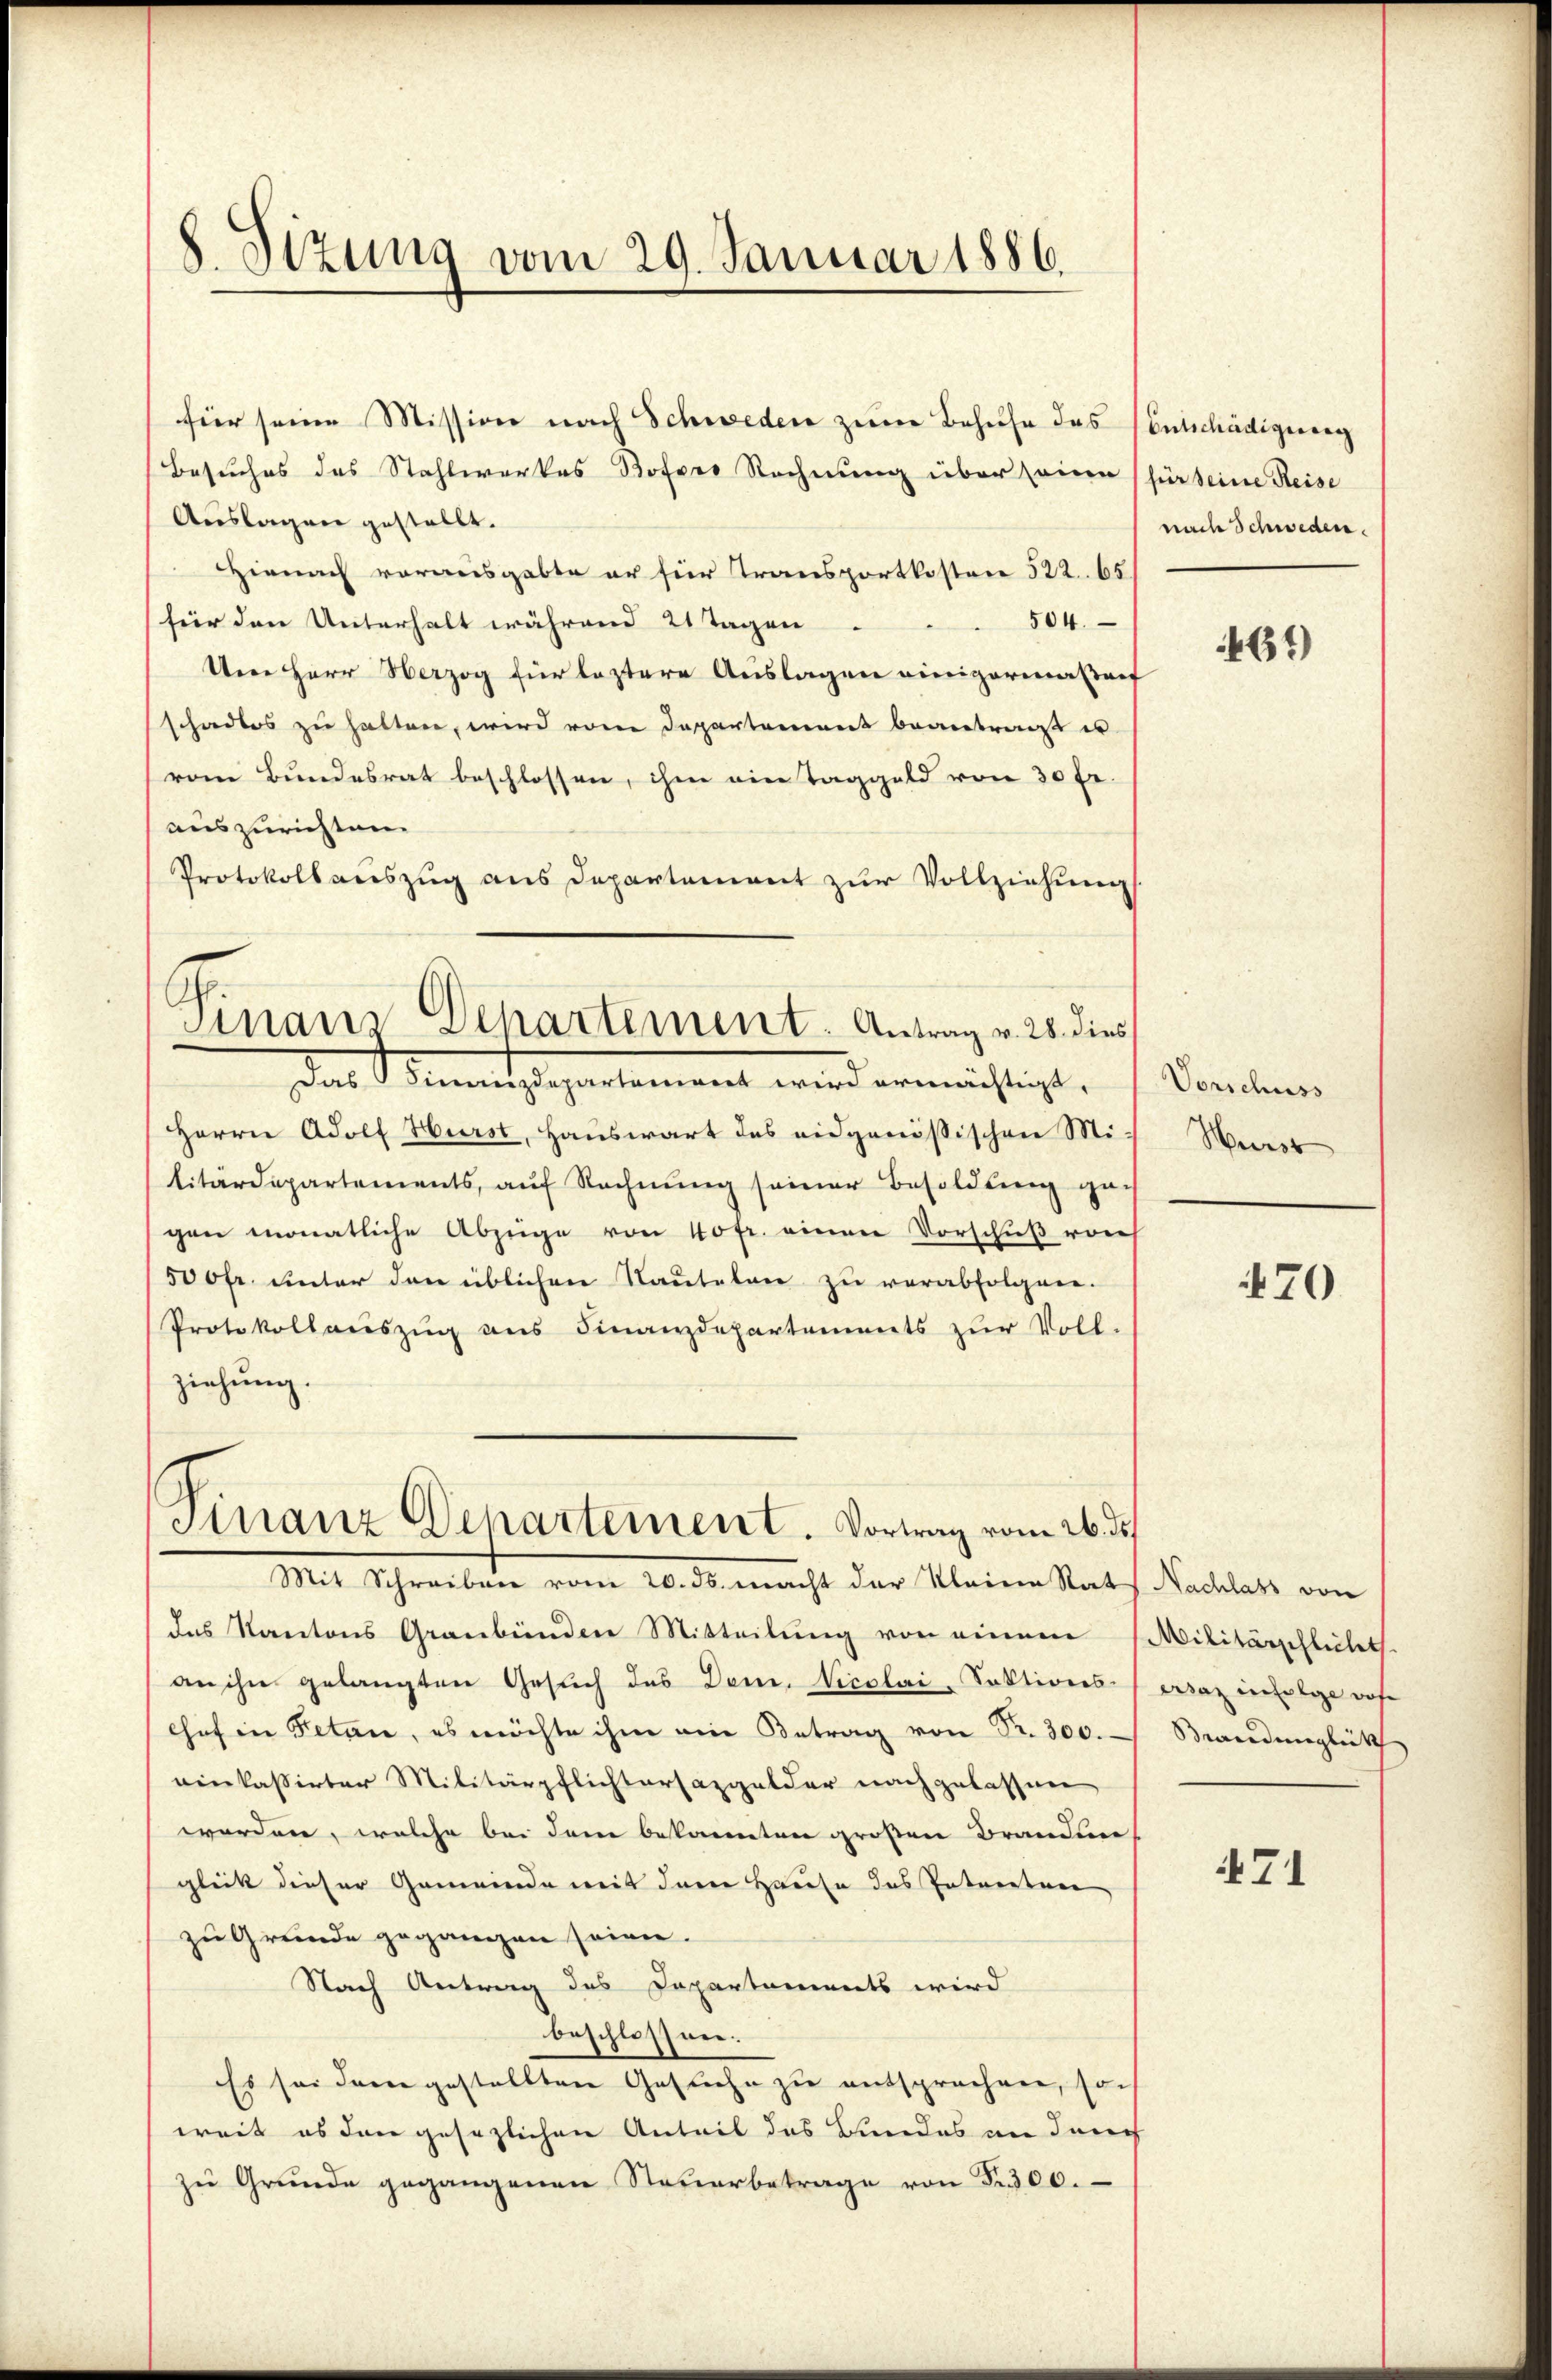
8. Sizung vom 29. Januar 1886.

für seine Mission nach Schweden zum Behufe des Centschädigung
Besuches des Stahlwerkes Bofers Rechnung über seine (für seine Reise
Auslagen gestellt.
Hienach vorausgabte er für Transportkosten 522. 65.
für den Unterhalt während 21 Tagen 504.
Um Herr Herzog für leztere Auslagen einigermaßenf
schadlos zu halten, wird von Departement beantragt es
vom Bundesrat beschlossen, ihm eine Taggeld von 30 Fr.
auszurichten.
Protokollauszug aus Departement zŭr Vollziehung
Das Sinnentgegentement wird ermächtigt.
Herrn Adolf Hurst, Hauswart des eidgenössischen Militärdepartements, auf Rechnung seiner Besoldung ge-
gen monatliche Abzüge von 40fr. einen Vorschuß von
500fr. unter den üblichen Rautelen zu verabfolgen.
Protokollaŭszŭg ans Finanzdepartements zŭr Voll-
ziehung.
Finanz Departement. Vortrag vom 26. ds.
 20. ds. macht der Kleine Rats Nachlass von
das Kantons Graubünden Mitteilung von einem
an ihn gelangten Gesuch des Dem. Nicolai, Sektions-Ersaz infolge sofe
Chef in Fetan, es möchte ihm ein Betrag von Fr. 300.
einkassirter Militärpflichtersazgelder nachgelassen
worden, welche bei dem bekannten großen Brandin
glück dieser Gemeinde mit dem Hause des Entwerten
zu Grunde gegangen seinen.
Nach Antrag des Dapartements wird
beschlossen.
Es sei dem gestellten Gesuche zu entsprochen, soch
weit es den gesezlichen Anteil das Bundes an durch
zu Grunde gegangenen Steuerbetrage von § 300.

Sinair Departement. Antrag v. 28. dies

nach Schweden.

461)

Vorschuss
Herst

70

Militärschleitet.
Beredunglük

471